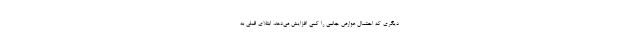
دیگری که احتمال عوارض جانبی را کمی افزایش می‌دهد، ابتلای قبلی به